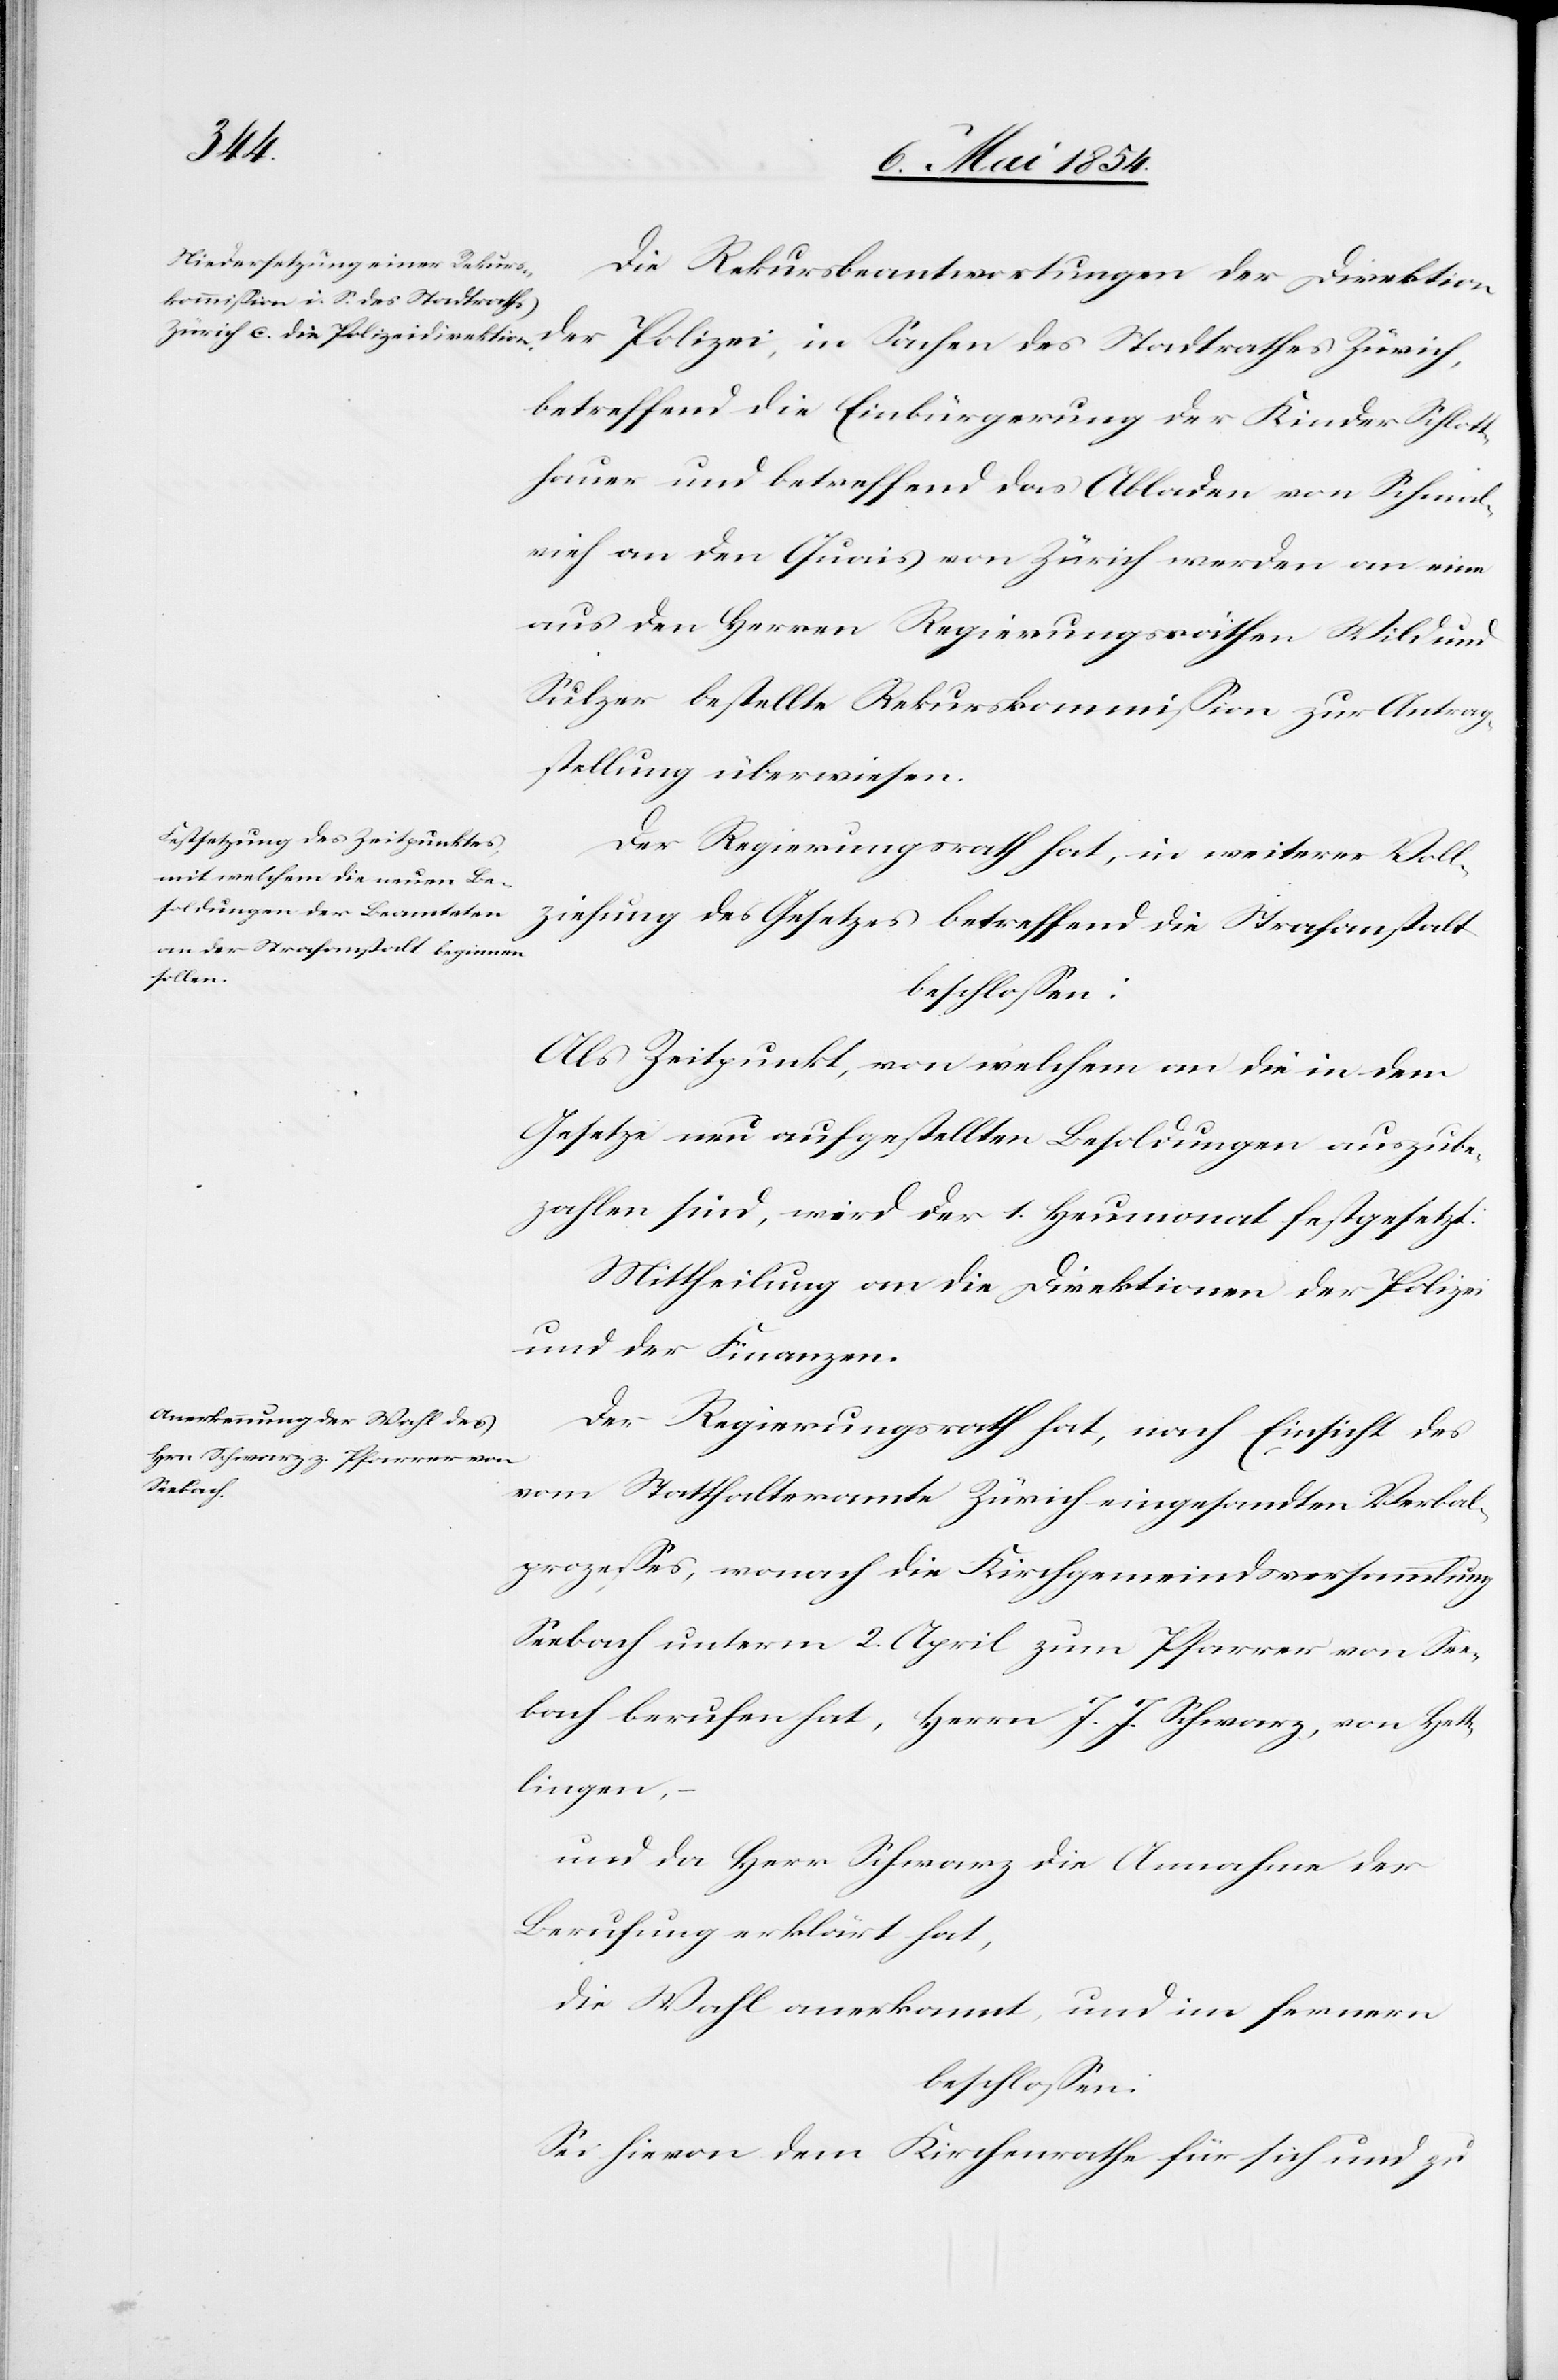
Die Rekursbeantwortungen der Direktion
der Polizei, in Sachen des Stadtrathes Zürich,
betreffend die Einbürgerung der Kinder Schlott¬
hauer und betreffend das Abladen von Schmal¬
vieh an den Quais von Zürich werden an einen
aus den Herren Regierungsräthen Wild und
Sulzer bestellte Rekurskommißion zur Antrag¬
stellung überwiesen.
Der Regierungsrath hat, in weiterer Voll¬
ziehung des Gesetzes betreffend die Strafanstalt
beschloßen:
Als Zeitpunkt, von welchem an die in dem
Gesetze nun aufgestellten Besoldungen auszube¬
zahlen sind, wird der 1. Heumonat festgesetzt.
Mittheilung an die Direktionen der Polizei
und der Finanzen.
Der Regierungsrath hat, nach Einsicht des
vom Statthalteramte Zürich eingesandten Verbal¬
prozeßes, wonach die Kirchgemeindsversammlung
Seebach unterm 2. April zum Pfarrer von See¬
bach berufen hat, Herrn J. J. Schwarz, von Hett¬
lingen,
und da Herr Schwarz die Annahme der
Berufung erklärt hat,
die Wahl anerkannt, und im fernern
beschloßen:
Sei hievon dem Kirchenrathe für sich und zu